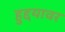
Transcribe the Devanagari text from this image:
हुद्दयावर